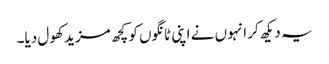
یہ دیکھ کر انہوں نے اپنی ٹانگوں کو کچھ مزید کھول دیا۔